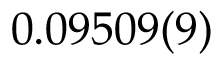
0 . 0 9 5 0 9 ( 9 )